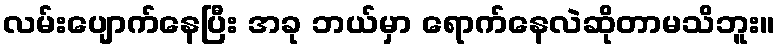
လမ်းပျောက်နေပြီး အခု ဘယ်မှာ ရောက်နေလဲဆိုတာမသိဘူး။